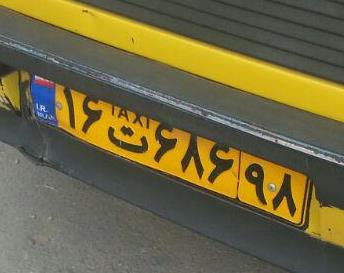
۱۶ت۶۸۶۹۸